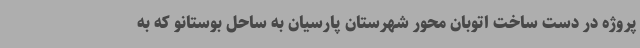
پروژه در دست ساخت اتوبان محور شهرستان پارسیان به ساحل بوستانو که به